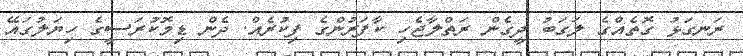
ރަނގަޅު ގޮތެއްގެ ލަގަބު ދީގެން ރަތްލާޖެހި ކާފަރުންގެ ފިކުރެއް. ދެން ޑިމޮކުރަސީގެ ހިޔަލުގައޭ